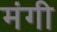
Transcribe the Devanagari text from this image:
मंगी